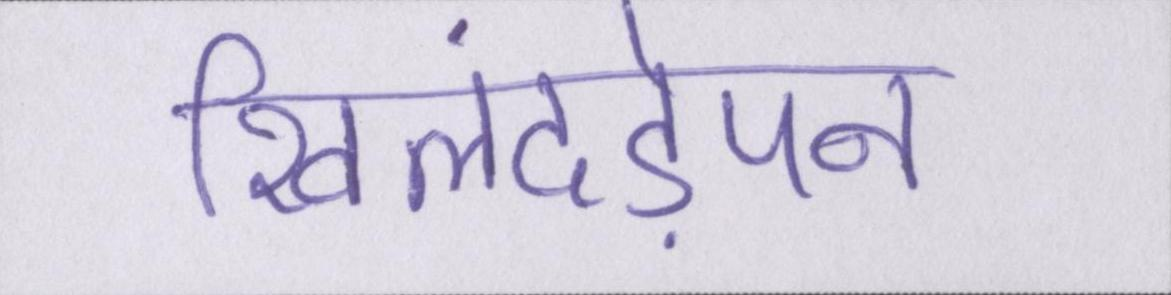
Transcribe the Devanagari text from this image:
खिलंदड़ेपन